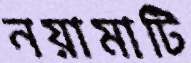
নয়ামাটি